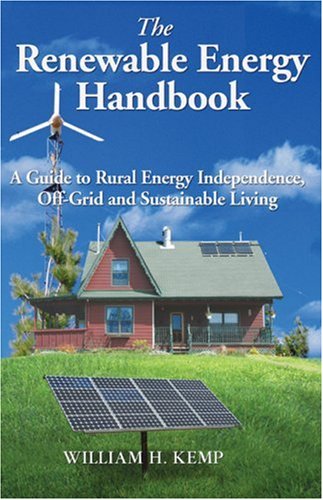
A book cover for The Renewable Energy Handbook: A Guide to Rural Energy Independence, Off-Grid and Sustainable Living; William H. Kemp; Crafts, Hobbies & Home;